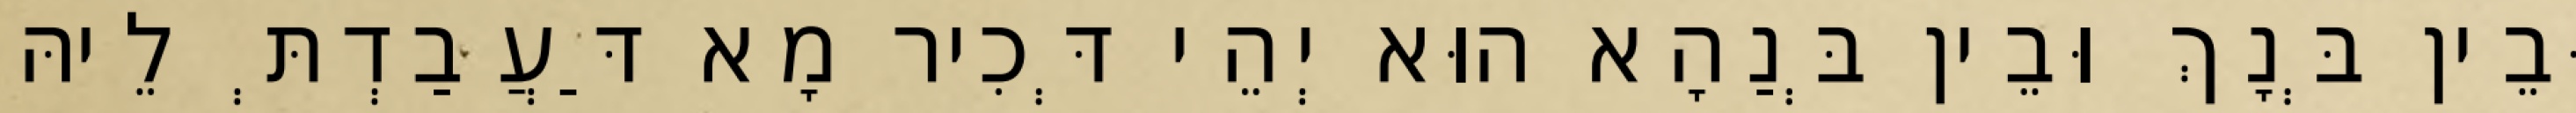
וּבֵין בְּנָךְ וּבֵין בְּנַהָא הוּא יְהֵי דְּכִיר מָא דַּעֲבַדְתְּ לֵיהּ